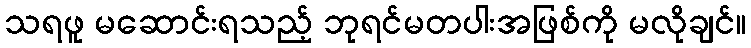
သရဖူ မဆောင်းရသည့် ဘုရင်မတပါးအဖြစ်ကို မလိုချင်။